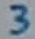
Text: 3